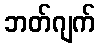
ဘတ်ဂျက်